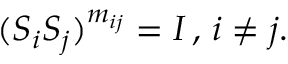
( S _ { i } S _ { j } ) ^ { m _ { i j } } = I \, , \, i \neq j .